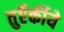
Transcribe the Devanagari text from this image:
तुऍर्कीये